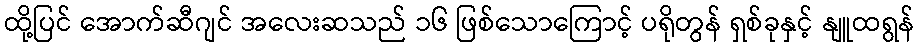
ထို့ပြင် အောက်ဆီဂျင် အလေးဆသည် ၁၆ ဖြစ်သောကြောင့် ပရိုတွန် ရှစ်ခုနှင့် နျူထရွန်